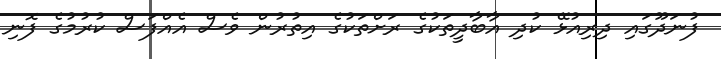
ފުނަދޫގައި ދިރިއުޅޭ ކުދި އާބާދީތަކުގެ ރަށްތަކުގެ އިތުރުން ވެސް އެއްފަސް ކުރުމުގެ ފޮނި